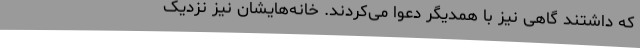
که داشتند گاهی نیز با همدیگر دعوا می‌کردند. خانه‌هایشان نیز نزدیک